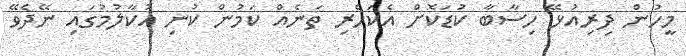
މީހުން ދިރިއުޅޭ ހިސާބާ ކުޑަކޮށް އެކަހެރި ތަނެއް ކަމުން ކުނި އުކާލުމުގައި ނޭދެވޭ